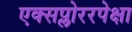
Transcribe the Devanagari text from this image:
एक्सप्लोररपेक्षा